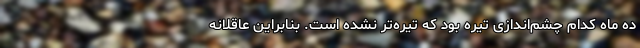
ده ماه کدام چشم‌اندازی تیره بود که تیره‌تر نشده است. بنابراین عاقلانه